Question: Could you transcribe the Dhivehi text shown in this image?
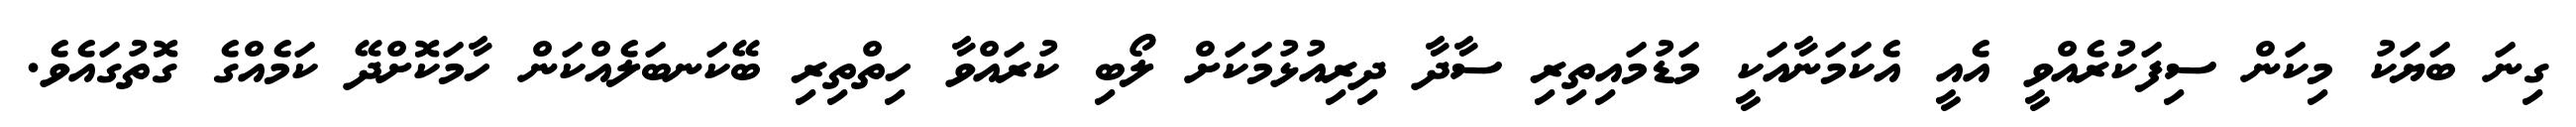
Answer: ގިނަ ބަޔަކު މިކަން ސިފަކުރެއްވީ އެއީ އެކަމަނާއަކީ މަޑުމައިތިރި ސާދާ ދިރިއުޅުމަކަށް ލޯބި ކުރައްވާ ހިތްތިރި ބޭކަނބަލެއްކަން ހާމަކޮށްދޭ ކަމެއްގެ ގޮތުގައެވެ.